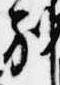
別